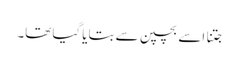
جتنا اسے بچپن سے بتایا گیا تھا۔